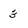
Character: 3